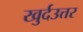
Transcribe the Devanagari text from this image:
खुर्दउत्तर